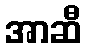
အာဆီ